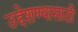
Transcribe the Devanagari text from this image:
उद्देशण्यासाठी